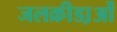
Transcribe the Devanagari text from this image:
जलक्रीडा़ओं